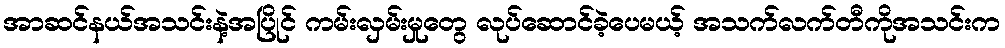
အာဆင်နယ်အသင်းနဲ့အပြိုင် ကမ်းလှမ်းမှုတွေ လုပ်ဆောင်ခဲ့ပေမယ့် အသက်လက်တီကိုအသင်းက